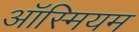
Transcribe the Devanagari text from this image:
ऑस्मियम